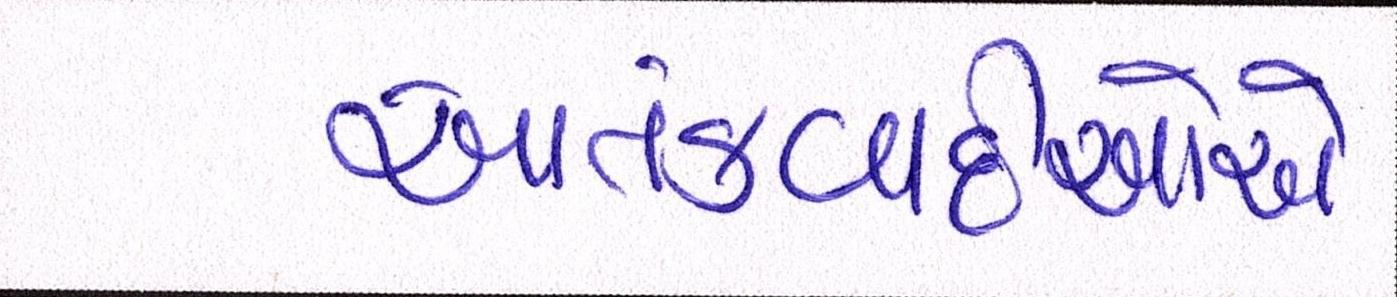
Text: આતંકવાદીઓેએ